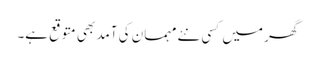
گھر میں کسی نئے مہمان کی آمد بھی متوقع ہے۔